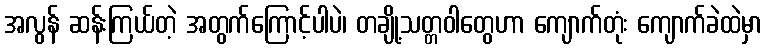
အလွန် ဆန်းကြယ်တဲ့ အတွက်ကြောင့်ပါပဲ၊ တချို့သတ္တဝါတွေဟာ ကျောက်တုံး ကျောက်ခဲထဲမှာ